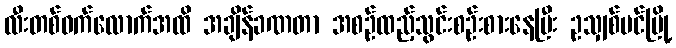
လီးတစ်ဝက်လောက်အထိ အချိန်ခဏတာ အစဉ်ထည့်သွင်းစဉ်းစားနေပြီး ဥသျှစ်ပင်မြို့